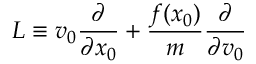
{ \cal L } \equiv v _ { 0 } \frac { \partial } { \partial x _ { 0 } } + \frac { f ( x _ { 0 } ) } { m } \frac { \partial } { \partial v _ { 0 } }